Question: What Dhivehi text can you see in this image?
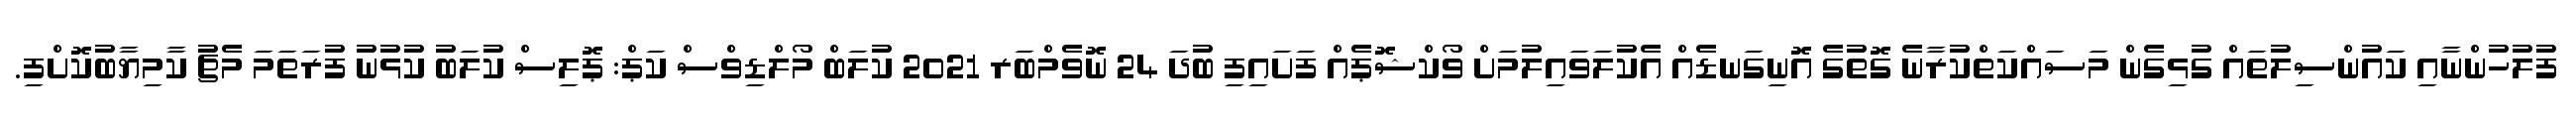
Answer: ފުލުހުންނާއި ކައުންސިލުތައް ގުޅިގެން މަސައްކަތްކުރާނެ ގޮތުގެ އޮނިގަނޑެއް އެކުލަވައިލުމަށް ވޯކްޝޮޕެއް ފަށައިފި ބުދަ 24 ނޮވެމްބަރ 2021 ކުލަބް މޯލްޑިވްސް ކަޕް: ޕޮލިސް ކުލަބު ކުޅުނު ފުރަތަމަ މެޗު ކާމިޔާބުކޮށްފި.